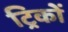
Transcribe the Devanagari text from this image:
ट्रिकों